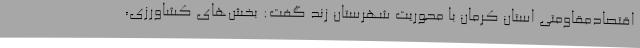
اقتصادمقاومتی استان کرمان با محوریت شهرستان زند گفت: بخش‌های کشاورزی،